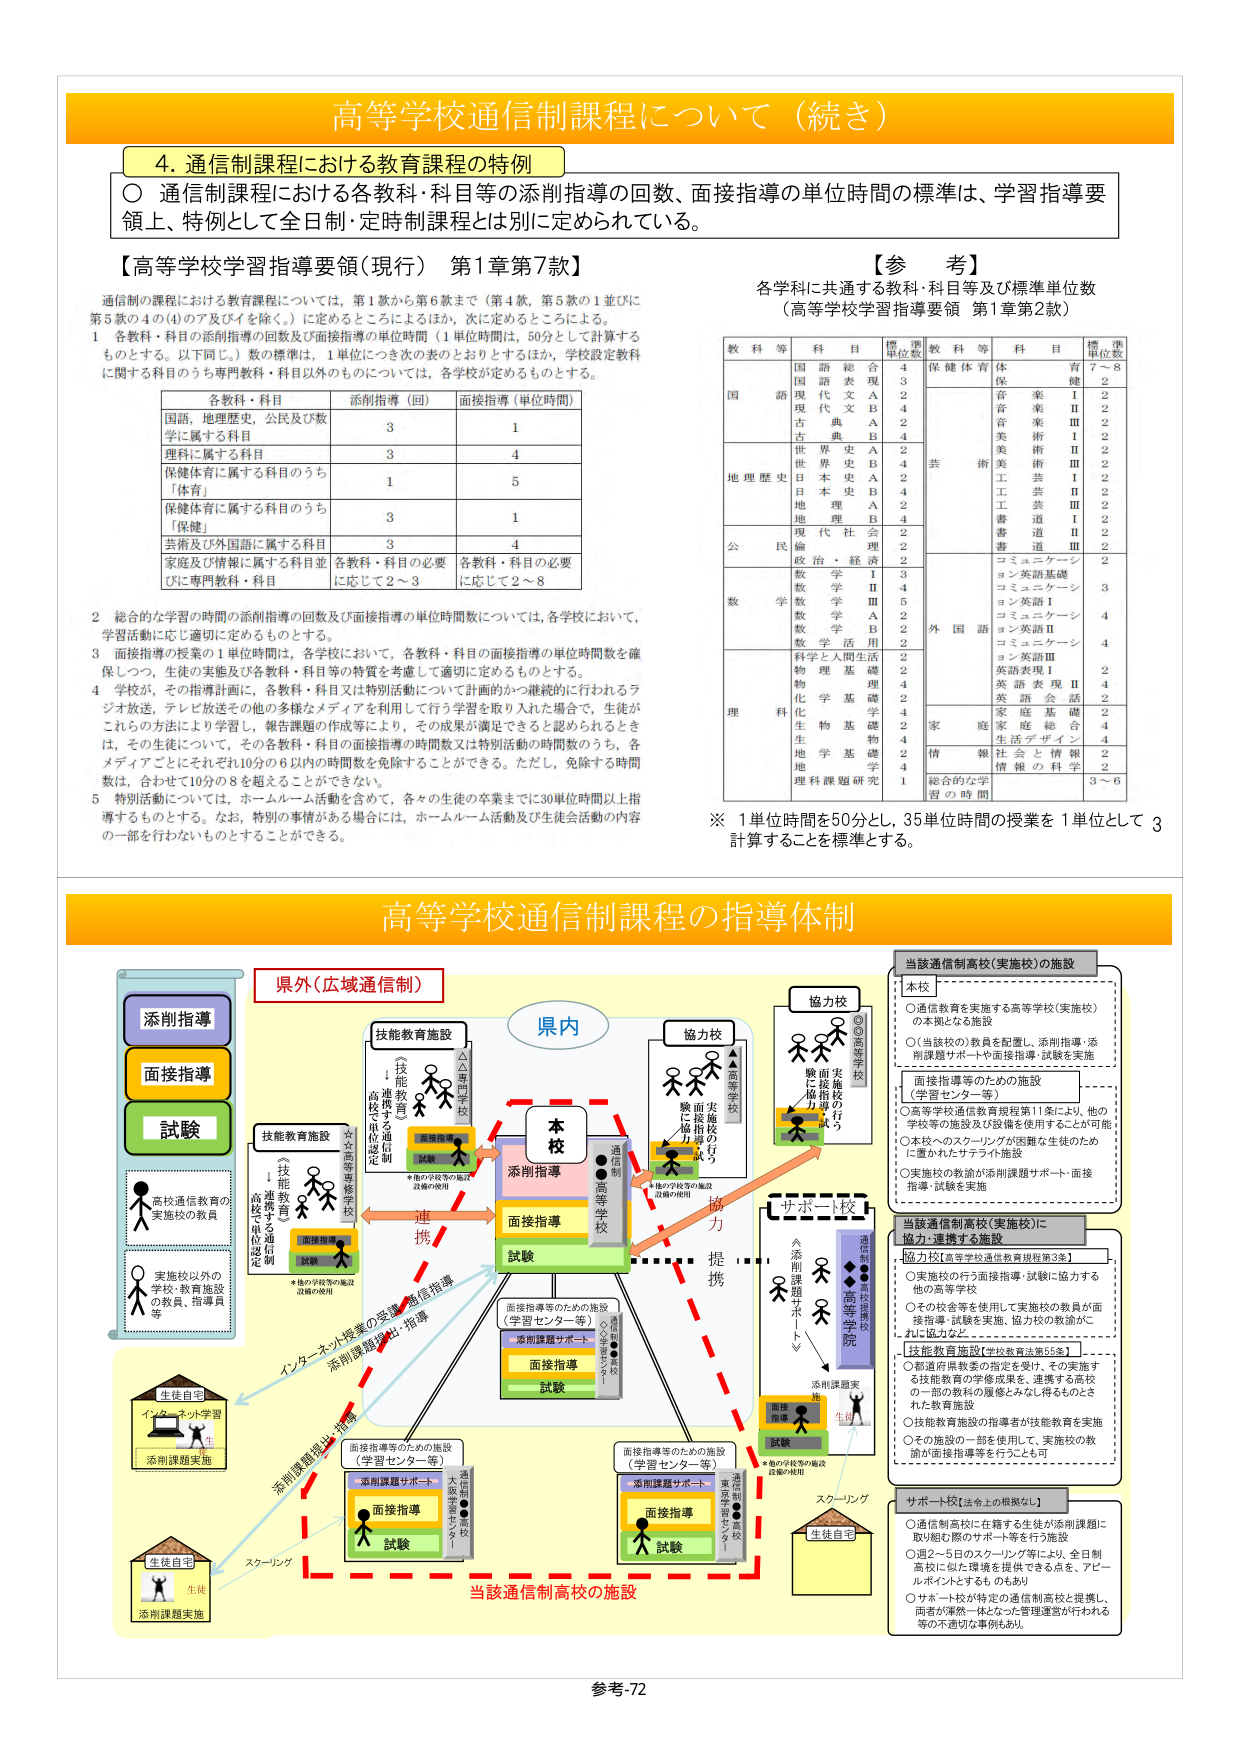
高等學校通信制課程について（続き）

4. 通信制課程における教育課程の特例
○ 通信制課程における各教科・科目等の添削指導の回数、面接指導の単位時間の標準は、学習指導要領上、特例として全日制・定時制課程とは別に定められている。

【高等学校学習指導要領（現行） 第1章第7款】
通信制の課程における教育課程については、第1款から第6款まで（第4款、第5款の1並びに第5款の4の(1)のア及びイを除く。）に定めるところによるほか、次に定めるところによる。
1 各教科・科目の添削指導の回数及び面接指導の単位時間（1単位時間は、50分として計算するものとする。以下同じ。）数の標準は、1単位につき次の表のとおりとするほか、学校設定教科に関する科目のうち専門教科・科目以外のものについては、各学校が定めるものとする。

各教科・科目 添削指導（回） 面接指導（単位時間）
国語、地理歴史、公民及び数学に属する科目 3 1
理科に属する科目 3 4
保健体育に属する科目のうち「体育」 1 5
保健体育に属する科目のうち「保健」 3 1
芸術及び外国語に属する科目 3 4
家庭及び情報に属する科目並びに専門教科・科目 各教科・科目の必要に応じて2～3 各教科・科目の必要に応じて2～8

2 総合的な学習の時間の添削指導の回数及び面接指導の単位時間数については、各学校において、学習活動に応じ適切に定めるものとする。
3 面接指導の授業の1単位時間は、各学校において、各教科・科目の面接指導の単位時間数を確保しつつ、生徒の実態及び各教科・科目等の特質を考慮して適切に定めるものとする。
4 学校が、その指導計画に、各教科・科目又は特別活動について計画的かつ継続的に行われるラジオ放送、テレビ放送その他の多様なメディアを利用して行う学習を取り入れた場合で、生徒がこれらの方法により学習し、報告課題の作成等により、その成果が満足できると認められるときは、その生徒について、その各教科・科目の面接指導の時間数又は特別活動の時間数のうち、各メディアごとにそれぞれ10分の6以内の時間数を免除することができる。ただし、免除する時間数は、合計して10分の8を超えることができない。
5 特別活動については、ホームルーム活動を含めて、各々の生徒の卒業までに30単位時間以上指導するものとする。なお、特別の事情がある場合には、ホームルーム活動及び生徒会活動の内容の一部を行わないものとすることができる。

【参 考】
各学科に共通する教科・科目等及び標準単位数
（高等学校学習指導要領 第1章第2款）

教科等 科目 標準単位数 教科等 科目 標準単位数
国語 国語総合 4 保健体育 体育 7～8
国語表現A 3 保 有 2
現代文A 2 音楽Ⅰ 2
現代文B 4 音楽Ⅱ 2
古典A 2 音楽Ⅲ 2
古典B 4 美術Ⅰ 2
地理歴史 世界史A 2 美術Ⅱ 2
世界史B 4 美術Ⅲ 2
日本史A 2 工芸Ⅰ 2
日本史B 4 工芸Ⅱ 2
地理A 2 工芸Ⅲ 2
地理B 4 書道Ⅰ 2
公民 現代社会 2 書道Ⅱ 2
倫理・生活 2 書道Ⅲ 2
政治・経済 2
数学 数学Ⅰ 3 コミュニケーション英語基礎 2
数学Ⅱ 4 コミュニケーション英語Ⅰ 3
数学Ⅲ 5 コミュニケーション英語Ⅱ 4
数学A 2 コミュニケーション英語Ⅲ 4
数学B 2 英語表現Ⅰ 2
数学活用 2 英語表現Ⅱ 4
理科 科学と人間生活 2 英語会話 2
物理基礎 2 家庭 家庭基礎 2
物理 4 家庭総合 4
化学基礎 2 情報 社会と情報 2
化学 4 情報の科学 2
生物基礎 4
生物 2
地学基礎 2
地学 4
理科課題研究 1
総合的な学習の時間 3～6

※ 1単位時間を50分とし、35単位時間の授業を1単位として3計算することを標準とする。

高等学校通信制課程の指導体制

県外（広域通信制）
添削指導
面接指導
試験
技能教育施設
（技能教育を提供する通信制高校等の施設）
技能教育施設
（技能教育を提供する通信制高校等の施設）
高技通信教育の実施校の教員
実施校以外の学校・教育施設の教員、指導員等
生徒自宅
インターネット学習
添削課題実施
生徒自宅
生徒
添削課題実施
スクリーニング
添削指導
面接指導
試験
連携
県内
本校
（通信制高等学校）
添削指導
面接指導
試験
協力校
（高等学校）
面接指導等のための施設（学習センター等）
添削課題サポート
面接指導
試験
協力
提携
サポート校
（通信制高校等の高校）
添削課題サポート
面接指導
試験
当該通信制高校（実施校）の施設
本校
○通信教育を実施する高等学校（実施校）の本拠となる施設
○（当該校の）教員を配置し、添削指導・添削課題サポートや面接指導・試験を実施
面接指導等のための施設（学習センター等）
○高等学校通信教育規程第11条により、他の学校等の施設及び設備を使用することが可能
○本校へのスクーリングが困難な生徒のために置かれたサテライト施設
○実施校の教員が添削課題サポート・面接指導・試験を実施
当該通信制高校（実施校）に協力・連携する施設
協力校【高等学校通信教育規程第3条】
○実施校の行う面接指導・試験に協力する他の高等学校
○その校舎等を使用して実施校の教員が面接指導・試験を実施。協力校の教諭がこれに協力など。
技能教育施設【学校教育法第55条】
○都道府県知事の指定を受け、その実施する技能教育の学修成果を、連携する高校の一部の教科の履修とみなしど得るものとされた教育施設
○技能教育施設の指導者が技能教育を実施
○その施設の一部を使用して、実施校の教員が面接指導等を行うことも可
サポート校【法令上の根拠なし】
○通信制高校に在籍する生徒が添削課題に取り組む際のサポート等を行う施設
○週2～5日のスクーリング等により、全日制高校に似た環境を提供できる点を、アピールポイントとするものもあり
○サポート校が特定の通信制高校と提携し、両者が連携一体となった管理運営が行われる等の不適切な事例もあリ

参考-72